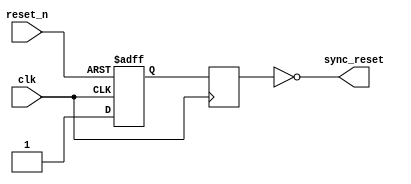
module async_reset_synchronizer (
    input wire reset_n,  // Active low asynchronous reset
    input wire clk,      // Clock signal
    output reg sync_reset // Synchronized reset signal (active low)
);

    // Internal signals for the synchronization flip-flops
    reg ff1, ff2;

    always @(posedge clk or negedge reset_n) begin
        if (!reset_n) begin
            ff1 <= 1'b0; // Reset the first flip-flop on asynchronous reset
        end else begin
            ff1 <= 1'b1; // Set the first flip-flop when reset_n is deasserted
        end
    end

    always @(posedge clk) begin
        ff2 <= ff1; // Synchronize ff1 to ff2 on clock edge
    end

    // The synchronized reset output
    always @* begin
        sync_reset = ~ff2; // Active low output
    end

endmodule